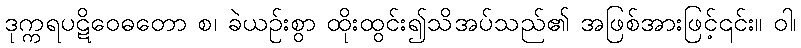
ဒုက္ကရပဋိဝေဓတော စ၊ ခဲယဉ်းစွာ ထိုးထွင်း၍သိအပ်သည်၏ အဖြစ်အားဖြင့်၎င်း။ ဝါ၊